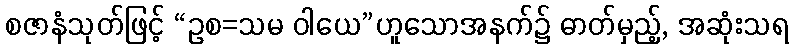
စဇာနံသုတ်ဖြင့် “ဥစ=သမ ဝါယေ”ဟူသောအနက်၌ ဓာတ်မှည့်, အဆုံးသရ